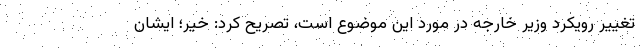
تغییر رویکرد وزیر خارجه در مورد این موضوع است، تصریح کرد: خیر؛ ایشان